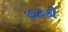
છટકી